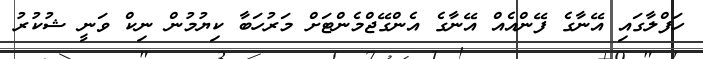
ހަފްލާގައި އޭނާގެ ފޭންއެއް އޭނާގެ އެންގޭޖްމެންޓަށް މަރުހަބާ ކިޔުމުން ނިކް ވަނީ ޝުކުރު